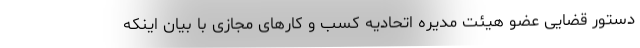
دستور قضایی عضو هیئت مدیره اتحادیه کسب و کارهای مجازی با بیان اینکه